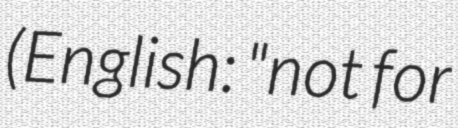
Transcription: (English: "not for